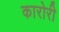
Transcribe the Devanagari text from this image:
कारोरी